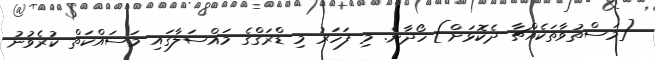
[މަސްތުވާތަކެއްޗާ ދެކޮޅަށް] ހޯދާނެ. މި ފަހަރު މި ޑްރަގްގެ މައްސަލާގައި މަސައްކަތް ކުރެވުނު